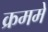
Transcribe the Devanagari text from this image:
क्रममे